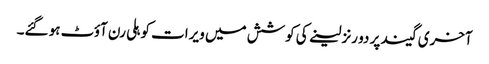
آخری گیند پر دو رنز لینے کی کوشش میں ویرات کوہلی رن آؤٹ ہو گئے۔